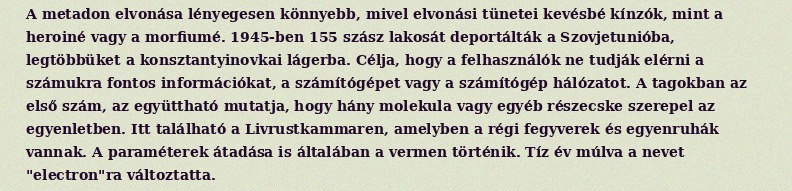
A metadon elvonása lényegesen könnyebb, mivel elvonási tünetei kevésbé kínzók, mint a heroiné vagy a morfiumé. 1945-ben 155 szász lakosát deportálták a Szovjetunióba, legtöbbüket a konsztantyinovkai lágerba. Célja, hogy a felhasználók ne tudják elérni a számukra fontos információkat, a számítógépet vagy a számítógép hálózatot. A tagokban az első szám, az együttható mutatja, hogy hány molekula vagy egyéb részecske szerepel az egyenletben. Itt található a Livrustkammaren, amelyben a régi fegyverek és egyenruhák vannak. A paraméterek átadása is általában a vermen történik. Tíz év múlva a nevet "electron"ra változtatta.